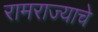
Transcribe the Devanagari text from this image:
रामराज्याचे